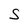
Character: S